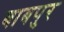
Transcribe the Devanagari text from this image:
बाबपुर